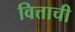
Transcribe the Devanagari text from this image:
वित्ताची